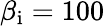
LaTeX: \beta_{\mathrm{i}}=100